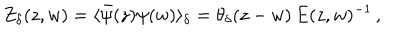
Z _ { \delta } ( z , w ) = \langle \bar { \psi } ( z ) \psi ( w ) \rangle _ { \delta } = \theta _ { \delta } ( z - w ) \, E ( z , w ) ^ { - 1 } \, ,